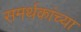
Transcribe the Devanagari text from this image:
समर्थकांच्या